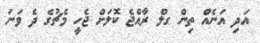
އަދި އަނެއް ތިން ގލް ރާއްޖެ ކޮލަށް ޖެހީ މެޗުގެ ދެ ވަނަ